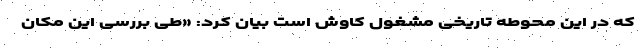
که در این محوطه تاریخی مشغول کاوش است بیان کرد: «طی بررسی این مکان